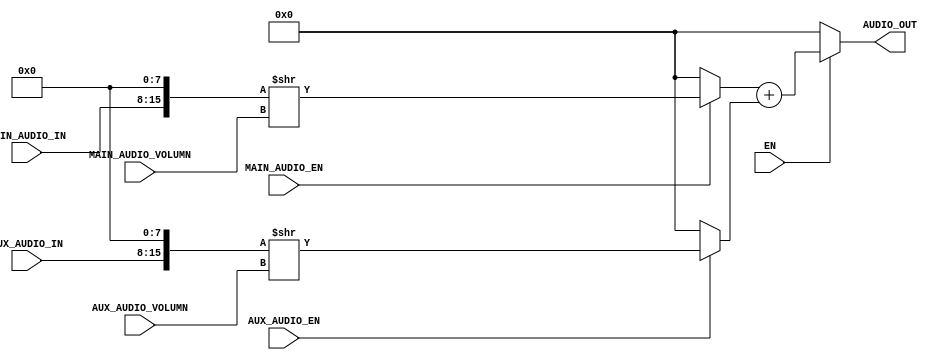
// Copyright (c) UnnamedOrange and Jack-Lyu. Licensed under the MIT License.
// See the LICENSE file in the repository root for full license text.

/// <projectname>mania-to-go</projectname>
/// <modulename>audio_synthesis</modulename>
/// <filedescription></filedescription>
/// <version>
/// 0.0.1 (UnnamedOrange) : First commit.
/// </version>

`timescale 10ns / 1ps

module audio_synthesis_t #
(
	parameter resolution_input = 8,
	parameter resolution_output = 16
)
(
	output [resolution_output - 1 : 0] AUDIO_OUT,
	input [resolution_input - 1 : 0] MAIN_AUDIO_IN,
	input MAIN_AUDIO_EN,
	input [4:0] MAIN_AUDIO_VOLUMN,
	input [resolution_input - 1 : 0] AUX_AUDIO_IN,
	input AUX_AUDIO_EN,
	input [4:0] AUX_AUDIO_VOLUMN,
	input EN
);

	reg [resolution_output - 1 : 0] // 
		main_audio_align,
		aux_audio_align;

	always @* begin
		if (MAIN_AUDIO_EN) begin
			main_audio_align = MAIN_AUDIO_IN << (resolution_output - resolution_input);
			main_audio_align = main_audio_align >> MAIN_AUDIO_VOLUMN;
		end
		else
			main_audio_align = 0;
		if (AUX_AUDIO_EN) begin
			aux_audio_align = AUX_AUDIO_IN << (resolution_output - resolution_input);
			aux_audio_align = aux_audio_align >> AUX_AUDIO_VOLUMN;
		end
		else
			aux_audio_align = 0;
	end

	assign AUDIO_OUT = EN ? (main_audio_align + aux_audio_align) : 0;

endmodule